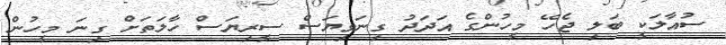
ސުއާލަކީ ބަލި ޖެހޭ މީހުންގެ އަދަދު ގިނަވިޔަސް ސީރިޔަސް ހާލަތަށް ގިނަ މީހުން